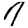
Digit: 7